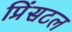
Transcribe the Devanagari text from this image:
प्रिंसटल